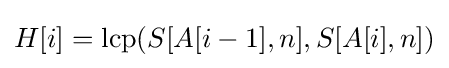
H[i]=\operatorname {lcp} (S[A[i-1],n],S[A[i],n])